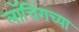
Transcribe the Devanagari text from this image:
लॉचिंगच्या